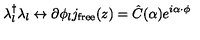
\lambda _ { l } ^ { \dagger } \lambda _ { l } \leftrightarrow \partial \phi _ { l } { } j _ { \mathrm { f r e e } } ( z ) = { \hat { C } } ( \alpha ) e ^ { i \alpha \cdot \phi }